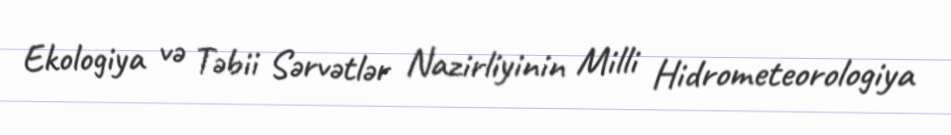
Ekologiya və Təbii Sərvətlər Nazirliyinin Milli Hidrometeorologiya